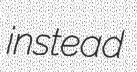
instead